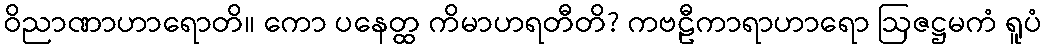
ဝိညာဏာဟာရောတိ။ ကော ပနေတ္ထ ကိမာဟရတီတိ? ကဗဠီကာရာဟာရော ဩဇဋ္ဌမကံ ရူပံ